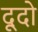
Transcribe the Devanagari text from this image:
दूदो